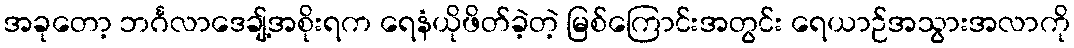
အခုတော့ ဘင်္ဂလာဒေချ့်အစိုးရက ရေနံယိုဖိတ်ခဲ့တဲ့ မြစ်ကြောင်းအတွင်း ရေယာဉ်အသွားအလာကို